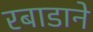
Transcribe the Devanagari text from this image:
रबाडाने